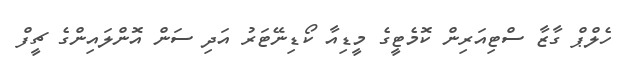
ހެލްޕް ގާޒާ ސްޓިއަރިން ކޮމެޓީގެ މީޑިއާ ކޯޑިނޭޓަރު އަދި ސަން އޮންލައިންގެ ޗީފް